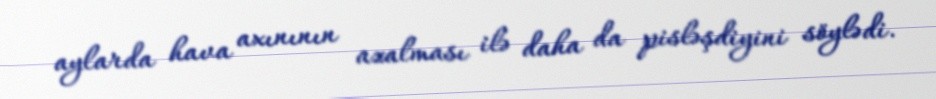
aylarda hava axınının azalması ilə daha da pisləşdiyini söylədi.